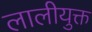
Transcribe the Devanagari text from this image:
लालीयुक्त